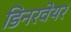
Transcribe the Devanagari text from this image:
डिनरवेयर